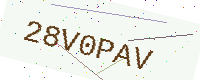
Text: 28V0PAV